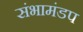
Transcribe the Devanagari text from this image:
संभामंडप